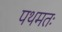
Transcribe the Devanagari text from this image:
पथमतः